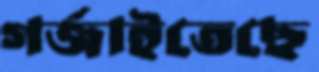
গর্‌জাইতেছে